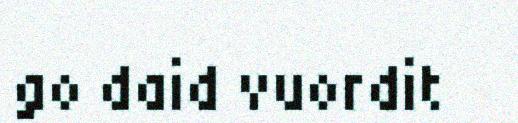
go daid vuordit